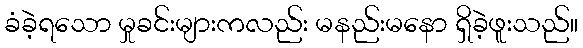
ခံခဲ့ရသော မှုခင်းများကလည်း မနည်းမနော ရှိခဲ့ဖူးသည်။